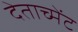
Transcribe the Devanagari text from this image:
देताच्मेंट